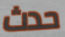
حدث